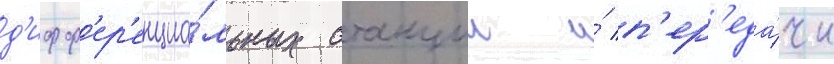
д'ифф'ер'енциа́льных станции и́ п'ер'еда́чи